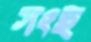
সংহু